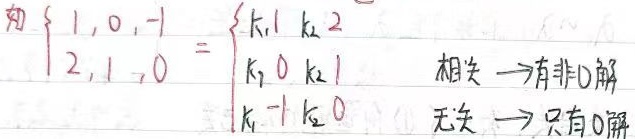
若矩阵方程\(\begin{cases}1&0& - 1\\2&1&0\end{cases}=\begin{cases}k_1&1&k_2&2\\k_1&0&k_2&1\\k& - 1&k&0\end{cases}\)，系数矩阵对应的齐次线性方程组：相关\(\to\)有非\(0\)解；无关\(\to\)只有\(0\)解。